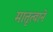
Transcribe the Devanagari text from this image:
मातृत्वाने